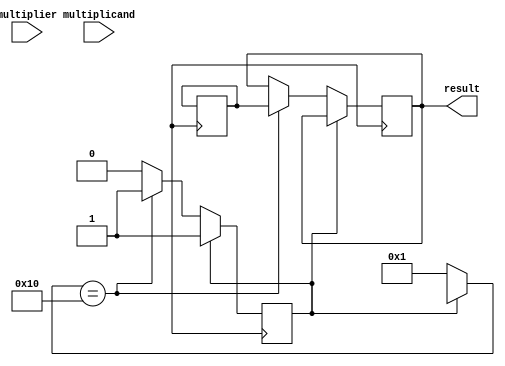
module BoothMultiplier (
  input [15:0] multiplicand,
  input [15:0] multiplier,
  output reg [31:0] result
);

reg [15:0] a, q;
reg [31:0] partial_product;
reg [4:0] shift_count;
reg control, done;

always @(*) begin
  case(q[1:0])
    2'b00: control = 3'b000; // No operation
    2'b01: control = 3'b010; // Add multiplicand
    2'b10: control = 3'b100; // Subtract multiplicand
    2'b11: control = 3'b000; // No operation
  endcase
end

always @(posedge clk) begin
  if(!done) begin
    case(control)
      3'b000: ; // No operation
      3'b010: partial_product <= partial_product + (multiplicand << shift_count);
      3'b100: partial_product <= partial_product - (multiplicand << shift_count);
    endcase
    
    if(q[0] != q[1]) begin
      q[1:0] <= {q[15], q};
      shift_count = 1;
    end else begin
      q[1:0] <= q;
      shift_count = 1;
    end
    
    if(shift_count == 16) begin
      result <= partial_product;
      done <= 1;
    end
  end
end

endmodule